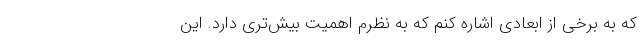
که به برخی از ابعادی اشاره کنم که به نظرم اهمیت بیش‌تری دارد. این